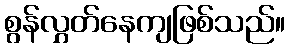
စွန်လွှတ်နေကျဖြစ်သည်။